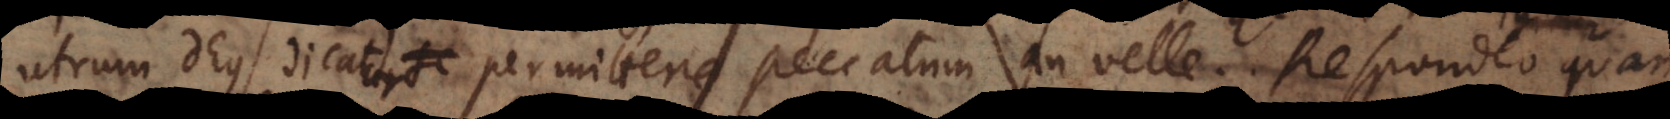
dicat se dicatur permittere peccatum an velle. Responde